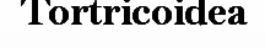
Tortricoidea